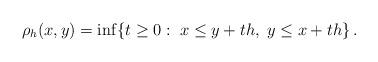
LaTeX: \begin{align*} \rho_h(x,y)=\inf\{t\geq 0:\; x\leq y+th,\; y\leq x+th\}\,.\end{align*}